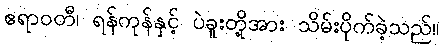
ဧရာဝတီ၊ ရန်ကုန်နှင့် ပဲခူးတို့အား သိမ်းပိုက်ခဲ့သည်။